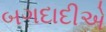
બગદાદીએ